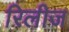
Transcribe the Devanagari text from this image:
रिलीज